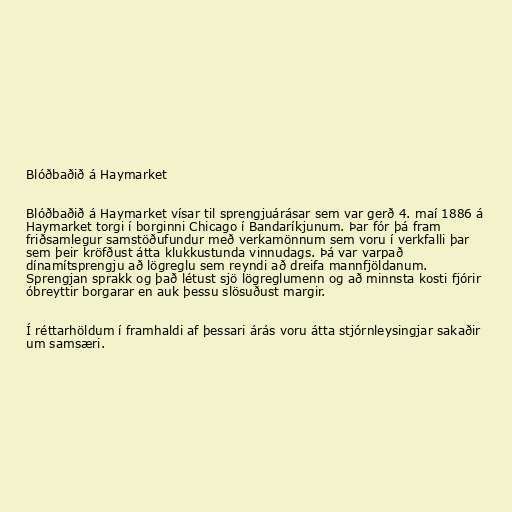
Blóðbaðið á Haymarket

Blóðbaðið á Haymarket vísar til sprengjuárásar sem var gerð 4. maí 1886 á
Haymarket torgi í borginni Chicago í Bandaríkjunum. Þar fór þá fram
friðsamlegur samstöðufundur með verkamönnum sem voru í verkfalli þar
sem þeir kröfðust átta klukkustunda vinnudags. Þá var varpað
dínamítsprengju að lögreglu sem reyndi að dreifa mannfjöldanum.
Sprengjan sprakk og það létust sjö lögreglumenn og að minnsta kosti fjórir
óbreyttir borgarar en auk þessu slösuðust margir.

Í réttarhöldum í framhaldi af þessari árás voru átta stjórnleysingjar sakaðir
um samsæri.